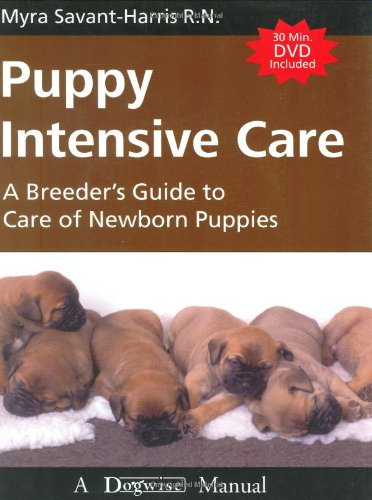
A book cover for Puppy Intensive Care: A Breeder's Guide to Care of Newborn Puppies; Myra Savant-harris; Medical Books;